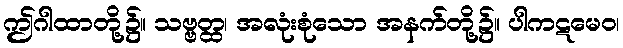
ဤဂါထာတို့၌။ သဗ္ဗတ္ထ၊ အလုံးစုံသော အနက်တို့၌။ ပါကဋမေဝ၊